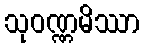
သုဝဏ္ဏမိဿာ